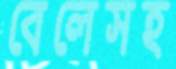
বেলেসহ